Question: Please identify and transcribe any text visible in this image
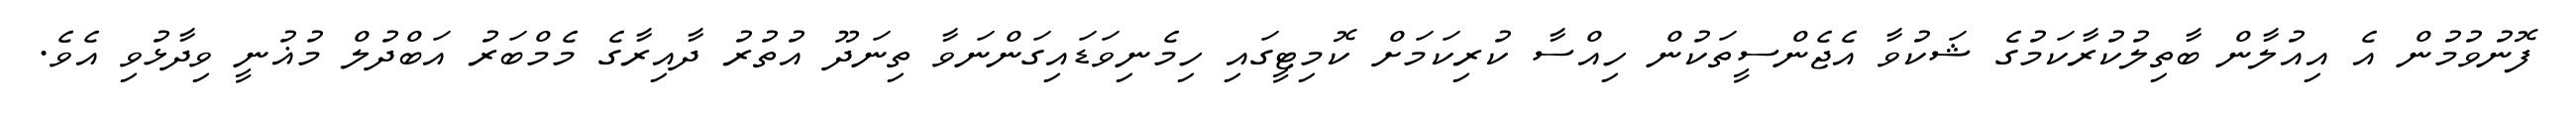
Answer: ފޮނުވުމުން އެ އިއުލާން ބާތިލުކުރާކަމުގެ ޝަކުވާ އެޖެންސީތަކުން ހިއްސާ ކުރިކަމަށް ކޮމިޓީގައި ހިމެނިވަޑައިގަންނަވާ ތިނަދޫ އުތުރު ދާއިރާގެ މެމްބަރު އަބްދުލް މުޣުނީ ވިދާޅުވި އެވެ.